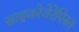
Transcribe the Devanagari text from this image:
साइकोथेरेपिस्त